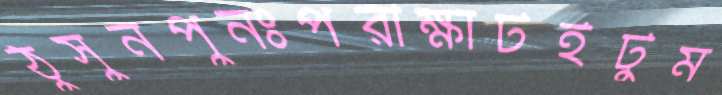
ঠুসুনপুনঃপরীক্ষাটইটুম